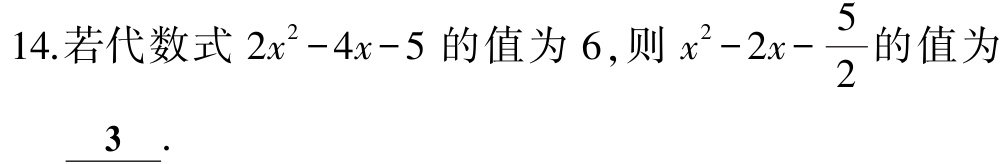
14.若代数式 \(2x^{2}-4x - 5\) 的值为 \(6\),则 \(x^{2}-2x-\dfrac{5}{2}\) 的值为
\(\underline{3}\).